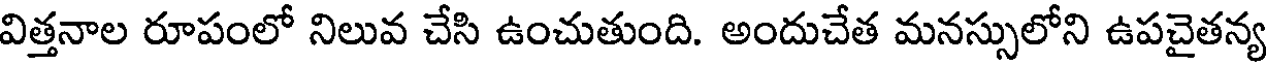
విత్తనాల రూపంలో నిలువ చేసి ఉంచుతుంది. అందుచేత మనస్సులోని ఉపచైతన్య